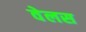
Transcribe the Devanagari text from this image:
वेलस